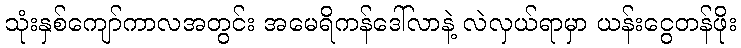
သုံးနှစ်ကျော်ကာလအတွင်း အမေရိကန်ဒေါ်လာနဲ့ လဲလှယ်ရာမှာ ယန်းငွေတန်ဖိုး